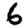
Digit: 6